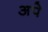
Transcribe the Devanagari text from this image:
अपे